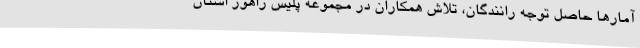
آمارها حاصل توجه رانندگان، تلاش همکاران در مجموعه پلیس راهور استان